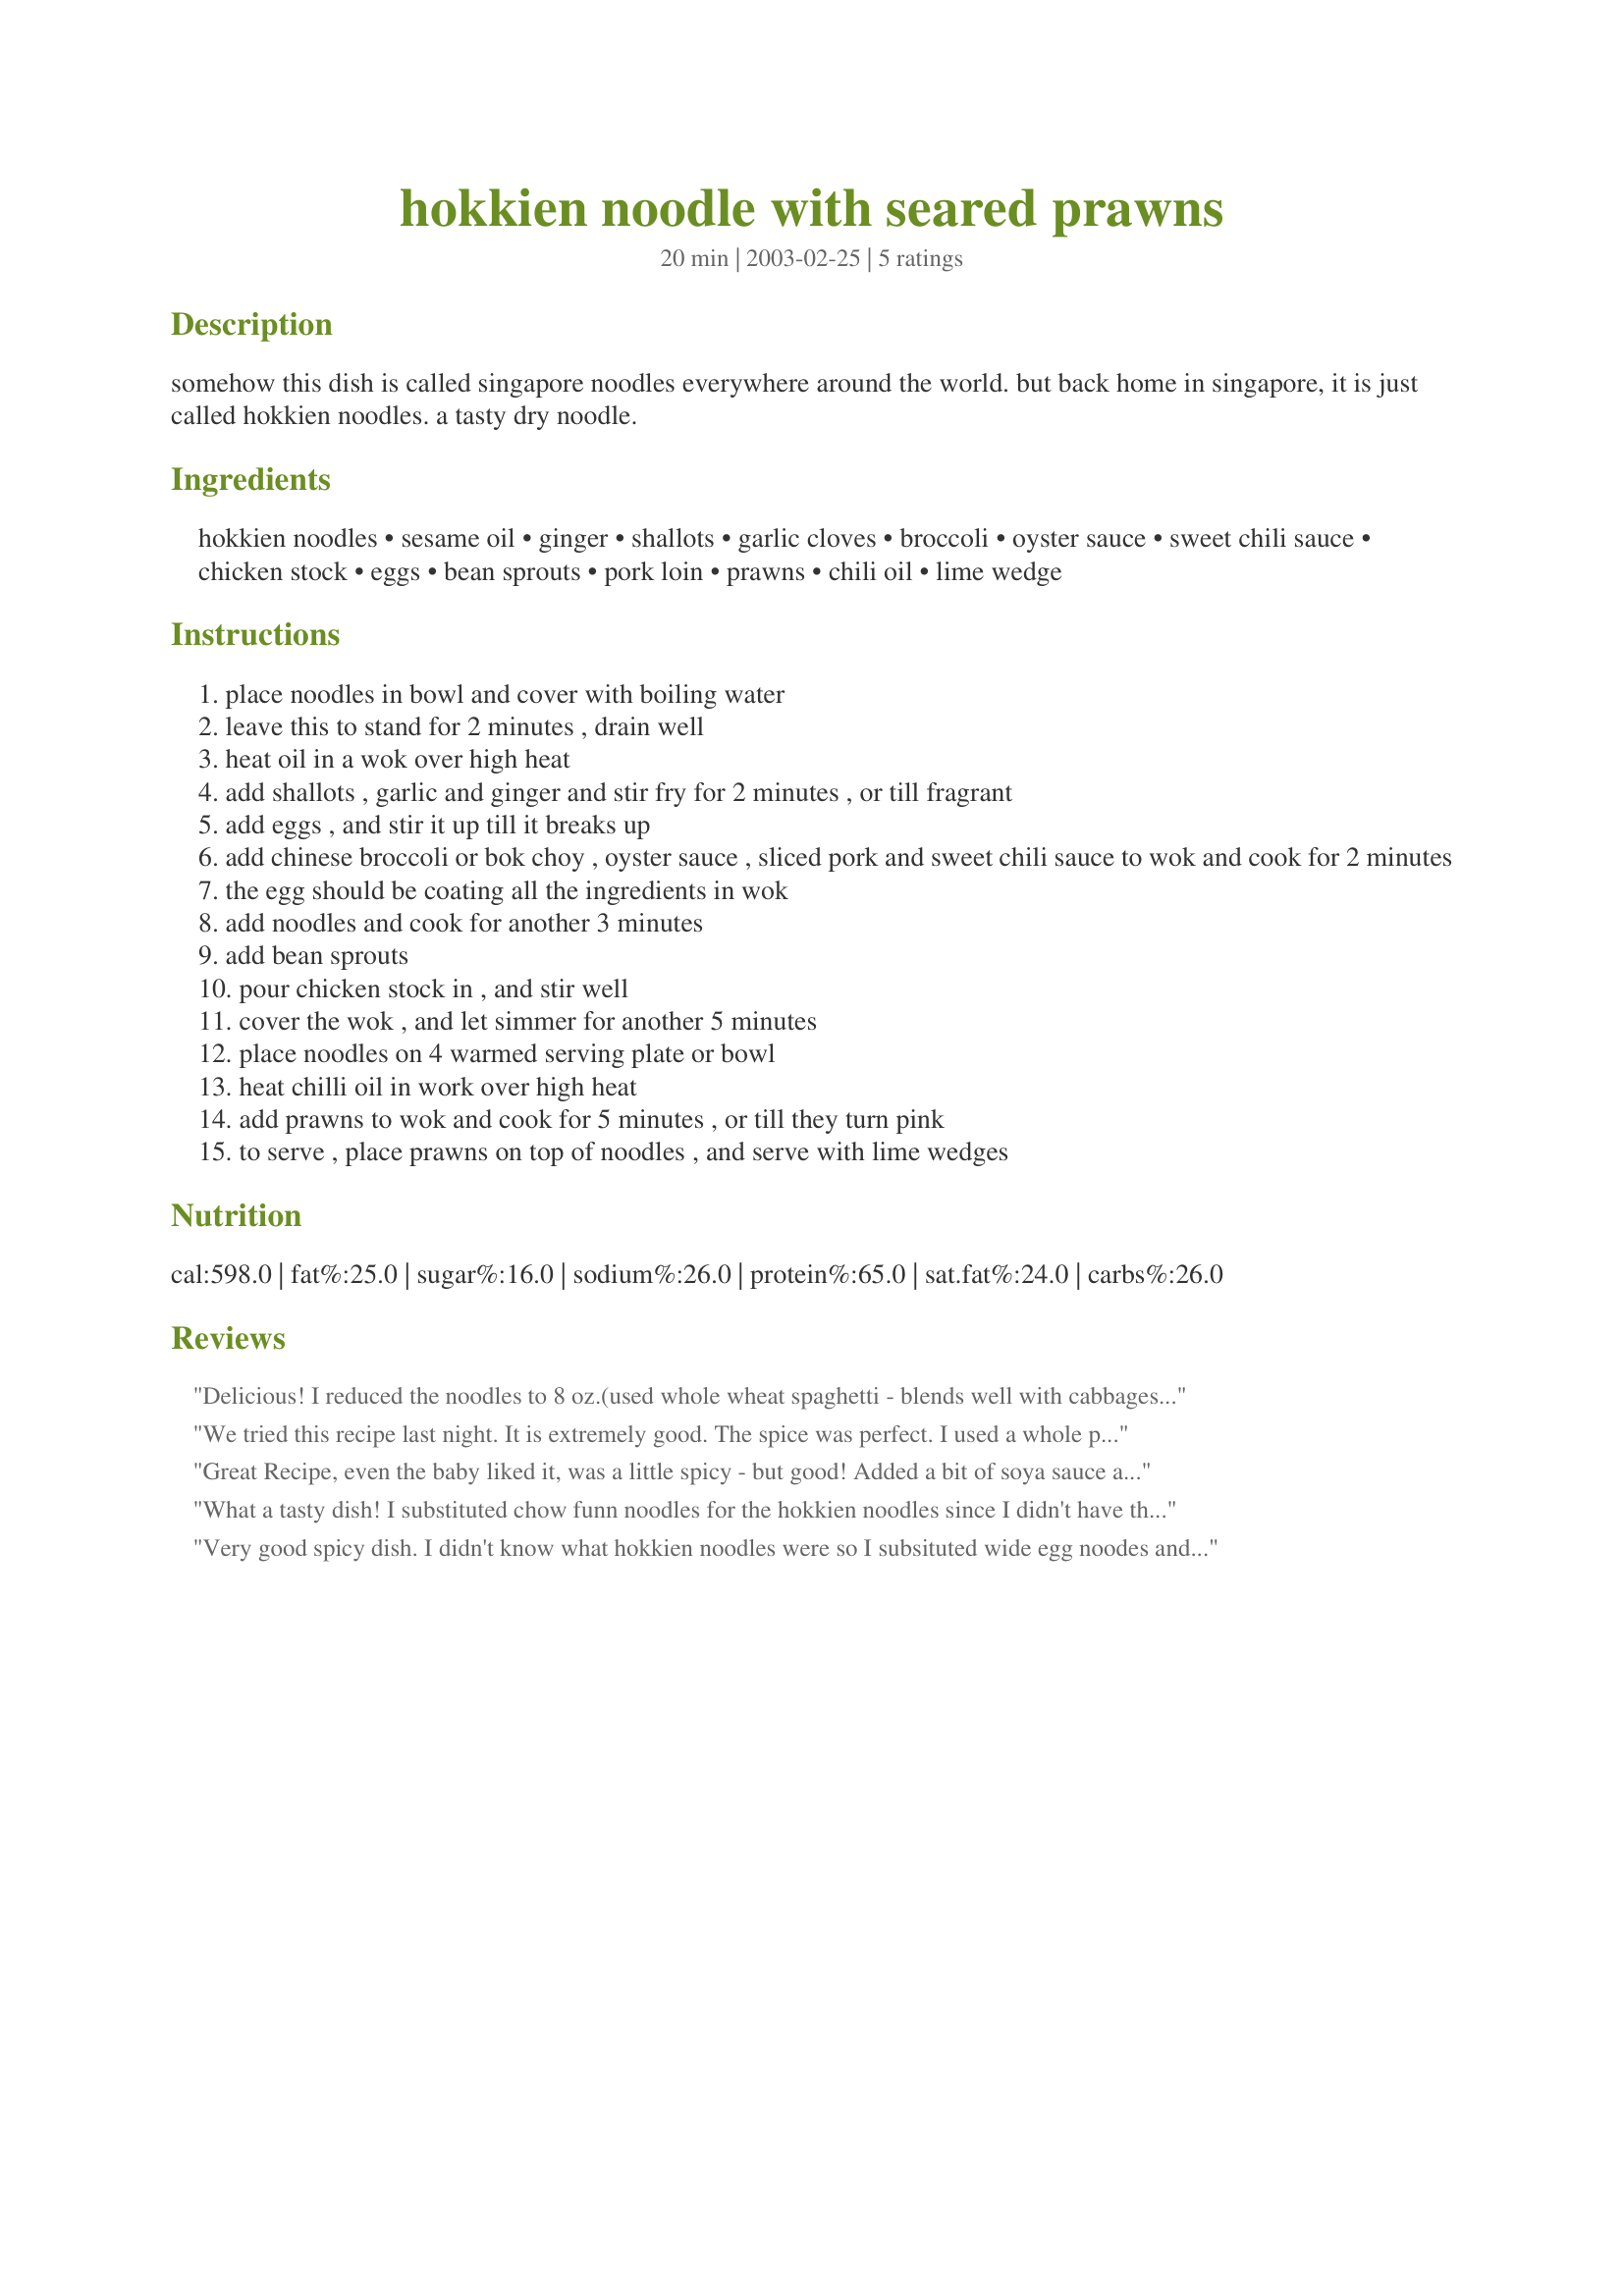
hokkien noodle with seared prawns
Preparation time: 20 minutes

somehow this dish is called singapore noodles everywhere around the world. but back home in singapore, it is just called hokkien noodles. a tasty dry noodle.

Ingredients:
hokkien noodles, sesame oil, ginger, shallots, garlic cloves, broccoli, oyster sauce, sweet chili sauce, chicken stock, eggs, bean sprouts, pork loin, prawns, chili oil, lime wedge

Steps:
place noodles in bowl and cover with boiling water
leave this to stand for 2 minutes , drain well
heat oil in a wok over high heat
add shallots , garlic and ginger and stir fry for 2 minutes , or till fragrant
add eggs , and stir it up till it breaks up
add chinese broccoli or bok choy , oyster sauce , sliced pork and sweet chili sauce to wok and cook for 2 minutes
the egg should be coating all the ingredients in wok
add noodles and cook for another 3 minutes
add bean sprouts
pour chicken stock in , and stir well
cover the wok , and let simmer for another 5 minutes
place noodles on 4 warmed serving plate or bowl
heat chilli oil in work over high heat
add prawns to wok and cook for 5 minutes , or till they turn pink
to serve , place prawns on top of noodles , and serve with lime wedges

Reviews:
Delicious! I reduced the noodles to 8 oz.(used whole wheat spaghetti - blends well with cabbages) and increased the bok choy to 12 oz. We like vegetables! Very nice flavor balance in the sauce. Thanks for sharing!
Diane
We tried this recipe last night. It is extremely good. The spice was perfect. I used a whole package of Soba noodles. I think it was too much. Once you have everything cut up, it goes together very quickly.
Great Recipe, even the baby liked it, was a little spicy - but good! Added a bit of soya sauce and hoisin sauce in our plates. Thanks!
What a tasty dish! I substituted chow funn noodles for the hokkien noodles since I didn't have those. This didn't seem too spicy at all to me, but had a nice balance of flavors in the sauce. The lime added a nice interest giving a little citrus flavor to the noodles. Quite enjoyable. Thanks!
Very good spicy dish. I didn't know what hokkien noodles were so I subsituted wide egg noodes and I also decreased the amount of shallots and garlic a little. Next time I will probably also decrease the chili sauce a little since this dish was a little too hot for our tastes, but I also may have bought the wrong kind of chili sauce (I bought hot chili sauce instead of sweet).
